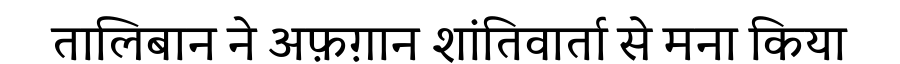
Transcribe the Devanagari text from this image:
तालिबान ने अफ़ग़ान शांतिवार्ता से मना किया